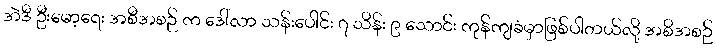
အဲဒီ ဦးမော့ရေး အစီအစဉ် က ဒေါ်လာ သန်းပေါင်း ၇ သိန်း ၉ သောင်း ကုန်ကျခံမှာဖြစ်ပါတယ်လို့ အစိအစဉ်